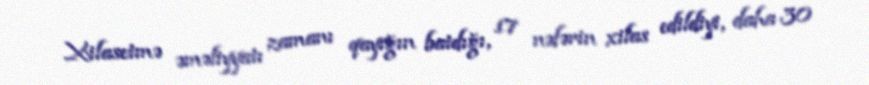
Xilasetmə əməliyyatı zamanı qayığın batdığı, 17 nəfərin xilas edildiyi, daha 30